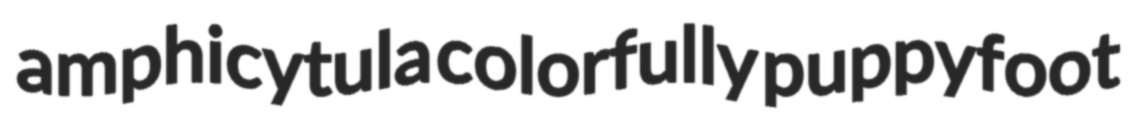
amphicytula colorfully puppyfoot